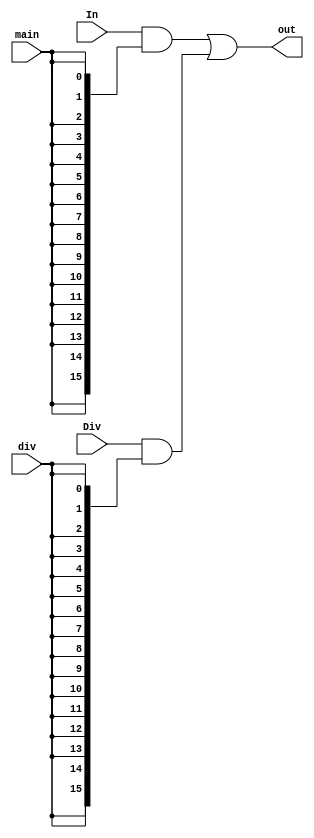
`timescale 1ns / 1ps
//////////////////////////////////////////////////////////////////////////////////
// Company: 
// Engineer: 
// 
// Design Name: 
// Module Name: Out_Selector
// Project Name: 
// Target Devices: 
// Tool Versions: 
// Description: 
// 
// Dependencies: 
// 
// Revision:
// Revision 0.01 - File Created
// Additional Comments:
// 
//////////////////////////////////////////////////////////////////////////////////


module Out_Selector(
    input [15:0] In, 
    input [15:0] Div,
    input main, div, 
    output [15:0] out
    );
    
    assign out = (In[15:0]&{16{main}})|(Div[15:0]&{16{div}}); 
    
endmodule